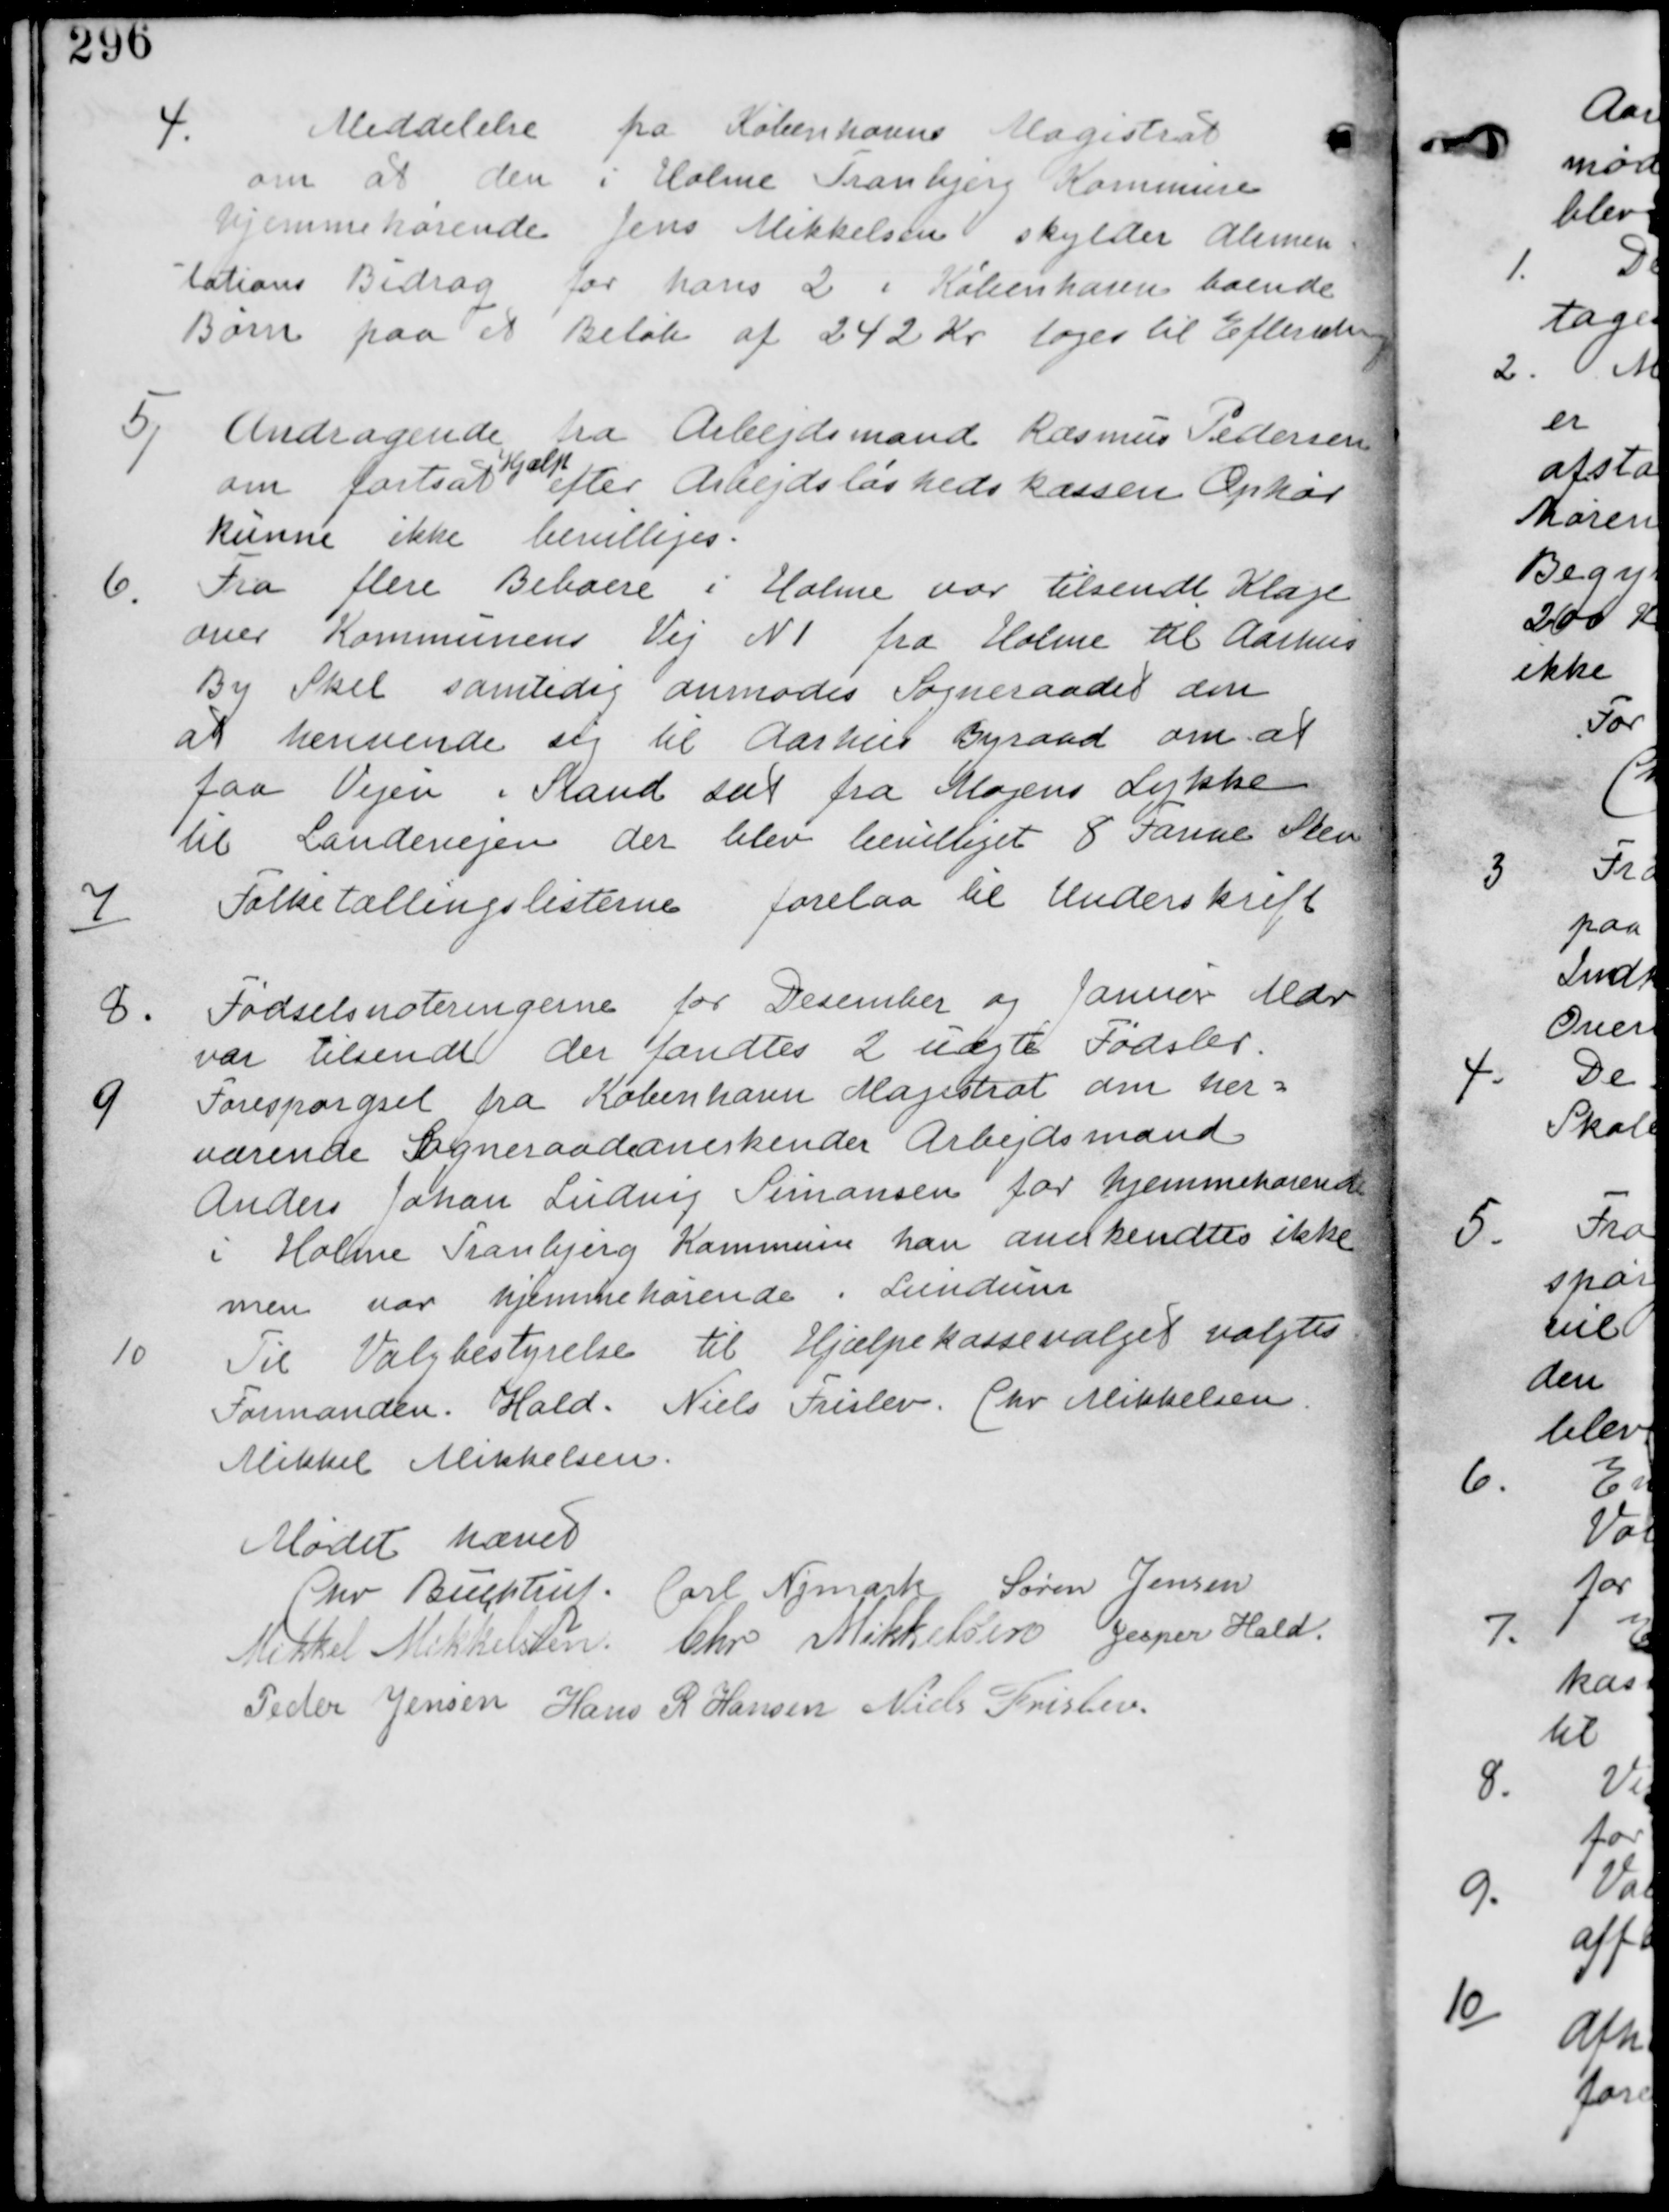
Transskription:
4.
Meddelelse fra Københavns Magistrat
om at den i Holme Tranbjerg Kommune
hjemmehørende Jens Mikkelsen skylder Alimen
tationsbidrag for hans 2 i København boende
Børn paa et Beløb af 242 Kr tages til Efterretning.

5/ Andragende fra Arbejdsmand Rasmus Pedersen
om fortsat
Hjælp
efter Arbejdsløshedskassen Ophør
kunne ikke bevilliges.

6. Fra flere Beboere i Holme var tilsendt Klage
over Kommunens Vej N1 fra Holme til Aarhus
By Skel samtidig anmodes Sogneraadet den
at henvende sig til Aarhus Byraad om at
faa Vejen i Stand sat fra fra Mogens Lykke
til Landevejen der blev bevilliget 8 Faune Sten.

7/
Folketællingslisterne forelaa til Underskrift

8.
Fødselsnoteringerne for December og Januar Mdr
var tilsendt der fandtes 2 uægte Fødsler.

9
Forespørgsel fra København Magistrat om her-
værende Sogneraad anerkender Arbejdsmand
Anders Johan Simonsen for hjemmehørende
i Holme Tranbjerg Kommune han anerkendes ikke
men var hjemmehørende i Lundum.

10
Til Valgbestyrelse til Hjælpekassevalget valgtes
Formanden. Hald. Niels Frislev. Chr Mikkelsen
Mikkel Mikkelsen.

Mødet hævet
Chr Buchtrup. Carl Nymark Søren Jensen
Mikkel Mikkelsen Chr Mikkelsen Jesper Hald
Peder Jensen Hans R Hansen Niels Frislev